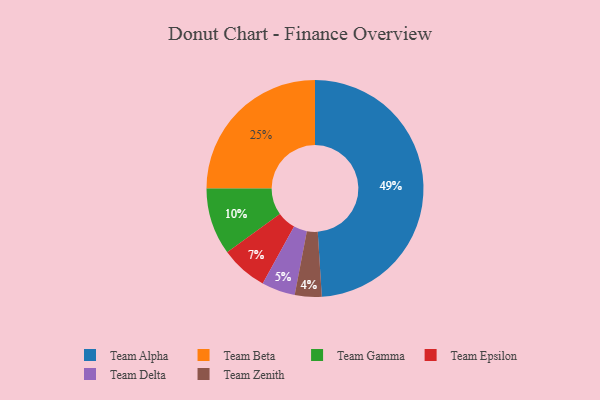
{"axis": {"x": "Category", "y": "Percentage"}, "legend": ["Team Alpha", "Team Beta", "Team Delta", "Team Epsilon", "Team Gamma", "Team Zenith"], "data": [{"x": "Team Gamma", "y": 10, "type": "Team Gamma"}, {"x": "Team Epsilon", "y": 7, "type": "Team Epsilon"}, {"x": "Team Zenith", "y": 4, "type": "Team Zenith"}, {"x": "Team Alpha", "y": 49, "type": "Team Alpha"}, {"x": "Team Beta", "y": 25, "type": "Team Beta"}, {"x": "Team Delta", "y": 5, "type": "Team Delta"}]}